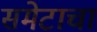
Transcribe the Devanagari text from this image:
समेटाचा